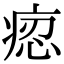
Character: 𤶝